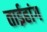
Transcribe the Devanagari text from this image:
ताईहांग